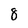
Character: 8